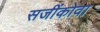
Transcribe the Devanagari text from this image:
सजींकोवा